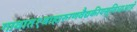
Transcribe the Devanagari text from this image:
गावात१बाह्यरुग्णवैद्यकीयसुविधाआहे